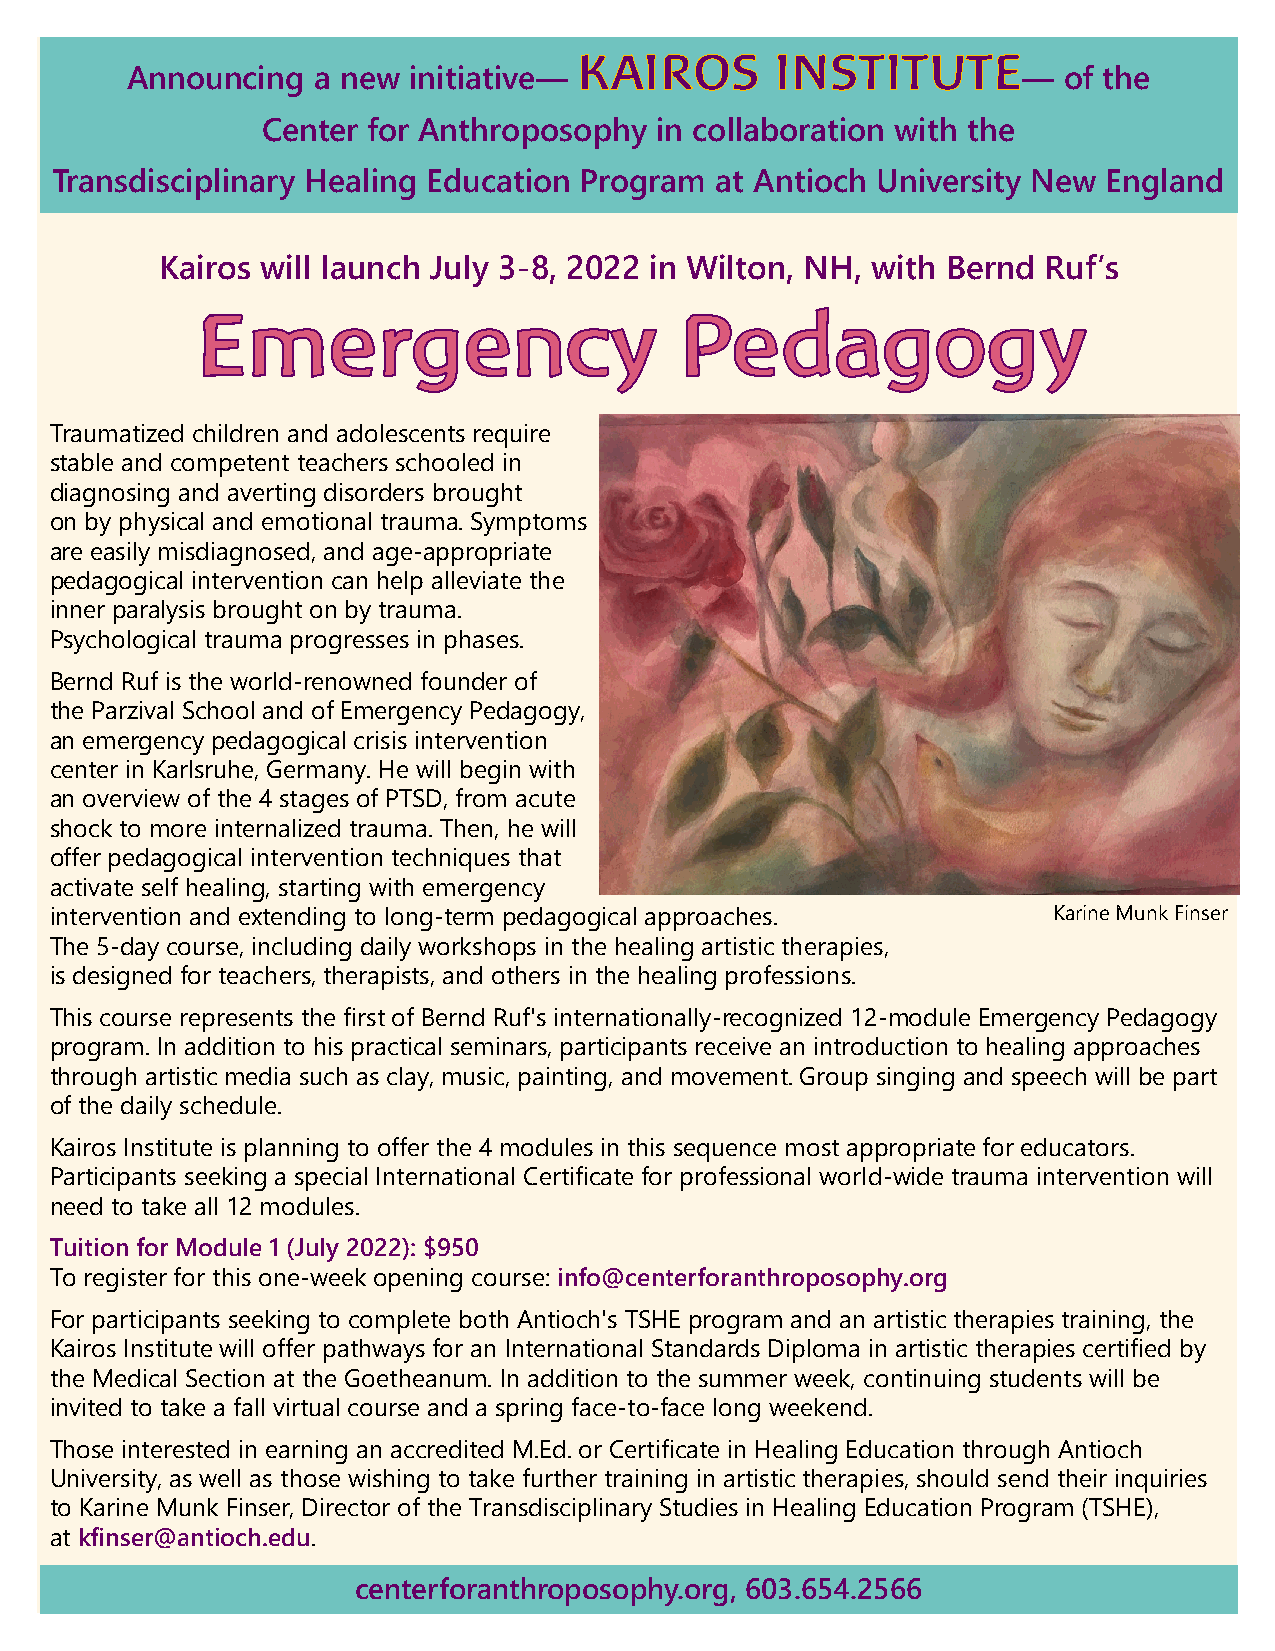
Announcing   a new initiative—                              — of the
 Center for Anthroposophy  in collaboration with the
 Transdisciplinary Healing Education Program at Antioch University New England
 Kairos will launch July 3-8, 2022 in Wilton, NH, with Bernd Ruf’s
 Traumatized children and adolescents require
 stable and competent teachers schooled in
 diagnosing and averting disorders brought
 on by physical and emotional trauma. Symptoms
 are easily misdiagnosed, and age-appropriate
 pedagogical intervention can help alleviate the
 inner paralysis brought on by trauma.
 Psychological trauma progresses in phases.
 Bernd Ruf is the world-renowned founder of
 the Parzival School and of Emergency Pedagogy,
 an emergency pedagogical crisis intervention
 center in Karlsruhe, Germany. He will begin with
 an overview of the 4 stages of PTSD, from acute
 shock to more internalized trauma. Then, he will
 offer pedagogical intervention techniques that
 activate self healing, starting with emergency
 intervention and extending to long-term pedagogical approaches.    Karine Munk Finser
 The 5-day course, including daily workshops in the healing artistic therapies,
 is designed for teachers, therapists, and others in the healing professions.
 This course represents the first of Bernd Ruf's internationally-recognized 12-module Emergency Pedagogy
 program. In addition to his practical seminars, participants receive an introduction to healing approaches
 through artistic media such as clay, music, painting, and movement. Group singing and speech will be part
 of the daily schedule.
 Kairos Institute is planning to offer the 4 modules in this sequence most appropriate for educators.
 Participants seeking a special International Certificate for professional world-wide trauma intervention will
 need to take all 12 modules.
 Tuition for Module 1 (July 2022): $950
 To register for this one-week opening course: info@centerforanthroposophy.org
 For participants seeking to complete both Antioch's TSHE program and an artistic therapies training, the
 Kairos Institute will offer pathways for an International Standards Diploma in artistic therapies certified by
 the Medical Section at the Goetheanum. In addition to the summer week, continuing students will be
 invited to take a fall virtual course and a spring face-to-face long weekend.
 Those interested in earning an accredited M.Ed. or Certificate in Healing Education through Antioch
 University, as well as those wishing to take further training in artistic therapies, should send their inquiries
 to Karine Munk Finser, Director of the Transdisciplinary Studies in Healing Education Program (TSHE),
 at kfinser@antioch.edu.
 centerforanthroposophy.org, 603.654.2566